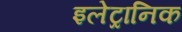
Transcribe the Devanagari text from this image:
इलेट्रानिक